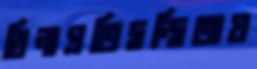
বিনাপ্রতিদ্বন্দ্বিতায়